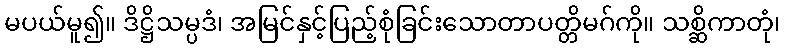
မပယ်မူ၍။ ဒိဋ္ဌိသမ္ပဒံ၊ အမြင်နှင့်ပြည့်စုံခြင်းသောတာပတ္တိမဂ်ကို။ သစ္ဆိကာတုံ၊